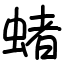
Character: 蝫